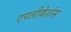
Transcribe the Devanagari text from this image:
एपलीकेशंस